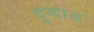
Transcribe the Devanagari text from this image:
दुन्दास